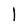
Character: l